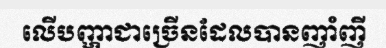
លើបញ្ហាជាច្រើនដែលបានញាំញី